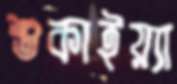
শুকাইয়্যা